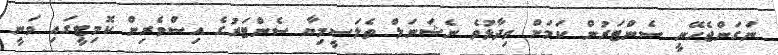
ނަގަންޖެހޭނީ ސެންޓަރުން ކަމަށް ވިދާޅުވެ ނެޝަނަލް ތެލަސީމިޔާ ސެންޓަރުގެ އިސްވެރިން ކޮމިޓީގައި ވަނީ